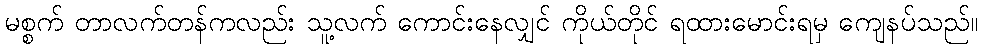
မစ္စက် တာလက်တန်ကလည်း သူ့လက် ကောင်းနေလျှင် ကိုယ်တိုင် ရထားမောင်းရမှ ကျေနပ်သည်။